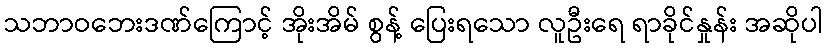
သဘာဝဘေးဒဏ်ကြောင့် အိုးအိမ် စွန့် ပြေးရသော လူဦးရေ ရာခိုင်နှုန်း အဆိုပါ